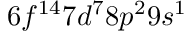
6 f ^ { 1 4 } 7 d ^ { 7 } 8 p ^ { 2 } 9 s ^ { 1 }